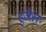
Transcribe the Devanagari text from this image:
हुजैल